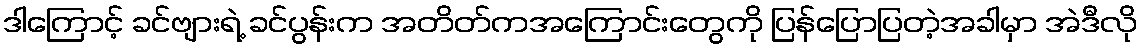
ဒါကြောင့် ခင်ဗျားရဲ့ ခင်ပွန်းက အတိတ်ကအကြောင်းတွေကို ပြန်ပြောပြတဲ့အခါမှာ အဲဒီလို